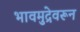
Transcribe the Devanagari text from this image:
भावमुद्रेवरून